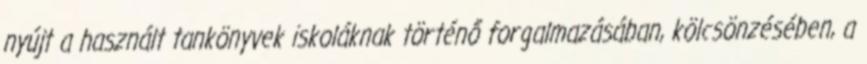
nyújt a használt tankönyvek iskoláknak történő forgalmazásában, kölcsönzésében, a